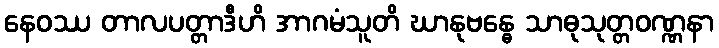
နေဝဿ တာလပတ္တာဒီဟိ အာဂမံသူတိ ဃာနုဗန္ဓေ သာဓုသုတ္တဝဏ္ဏနာ